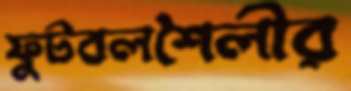
ফুটবলশৈলীর